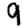
Digit: 9